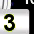
Digit: 3